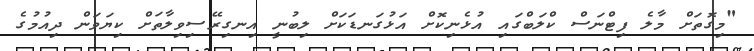
"މިގޮތަށް މާލެ ފިޓްނަސް ކްލަބްގައި އުޅެނިކޮށް އަޅުގަނޑަކަށް ލިބުނީ އިނގިރޭސިވިލާތަށް ކިޔަވަން ދިއުމުގެ